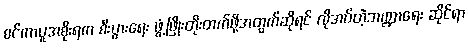
စင်ကာပူအစိုးရက စီးပွားရေး ဖွံ့ဖြိုးတိုးတက်ဖို့အတွက်ဆိုရင် လိုအပ်တဲ့ဘဏ္ဍာရေး ဆိုင်ရာ